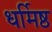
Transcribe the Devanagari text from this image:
धर्मिष्ठ